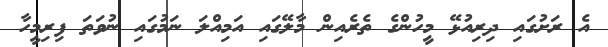
އެ ރަށުގައި ދިރިއުޅޭ މީހުންގެ ތެރެއިން މާލޭގައި އަމިއްލަ ނަމުގައި ނުވަތަ ފިރިމީހާ